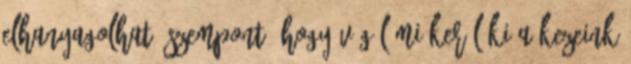
elhanyagolható szempont, hogy végül mi kerül ki a kezeink